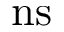
\mathrm { n s }